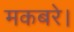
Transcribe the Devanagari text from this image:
मकबरे।